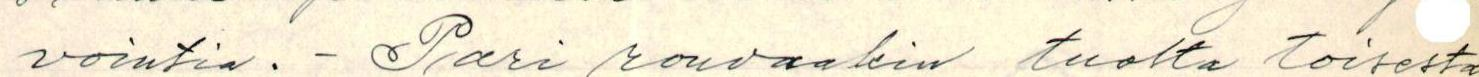
vointia. - Pari rouvaakin tuolta toisesta